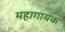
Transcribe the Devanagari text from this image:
महागायक